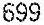
699